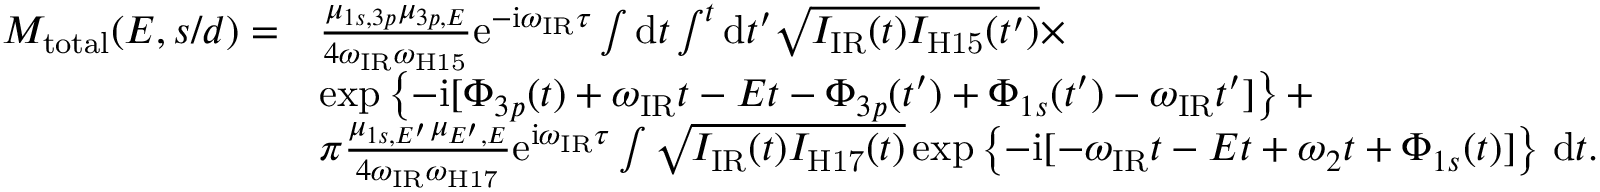
\begin{array} { r l } { M _ { \mathrm { { t o t a l } } } ( E , s / d ) = } & { \frac { \mu _ { 1 s , 3 p } \mu _ { 3 p , E } } { 4 \omega _ { \mathrm { I R } } \omega _ { \mathrm { H 1 5 } } } \mathrm e ^ { - \mathrm i \omega _ { \mathrm { I R } } \tau } \int \mathrm d t \int ^ { t } \mathrm d t ^ { \prime } \sqrt { I _ { \mathrm { I R } } ( t ) I _ { \mathrm { H 1 5 } } ( t ^ { \prime } ) } \times } \\ & { \exp \left\{ - \mathrm i [ \Phi _ { 3 p } ( t ) + \omega _ { \mathrm { I R } } t - E t - \Phi _ { 3 p } ( t ^ { \prime } ) + \Phi _ { 1 s } ( t ^ { \prime } ) - \omega _ { \mathrm { I R } } t ^ { \prime } ] \right\} + } \\ & { \pi \frac { \mu _ { 1 s , E ^ { \prime } } \mu _ { E ^ { \prime } , E } } { 4 \omega _ { \mathrm { I R } } \omega _ { \mathrm { H 1 7 } } } \mathrm e ^ { \mathrm i \omega _ { \mathrm { I R } } \tau } \int \sqrt { I _ { \mathrm { I R } } ( t ) I _ { \mathrm { H 1 7 } } ( t ) } \exp \left\{ - \mathrm i [ - \omega _ { \mathrm { I R } } t - E t + \omega _ { 2 } t + \Phi _ { 1 s } ( t ) ] \right\} \, \mathrm d t . } \end{array}